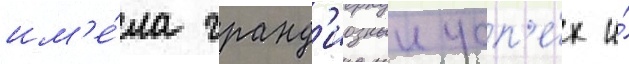
им'е́ла гранд'иозныи усп'е́х и́